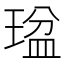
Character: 𤧒